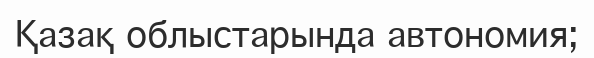
Қазақ облыстарында автономия;